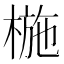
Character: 椸